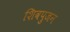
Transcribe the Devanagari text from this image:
शिवपुजन